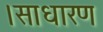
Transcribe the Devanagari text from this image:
।साधारण